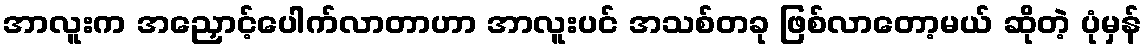
အာလူးက အညှောင့်ပေါက်လာတာဟာ အာလူးပင် အသစ်တခု ဖြစ်လာတော့မယ် ဆိုတဲ့ ပုံမှန်